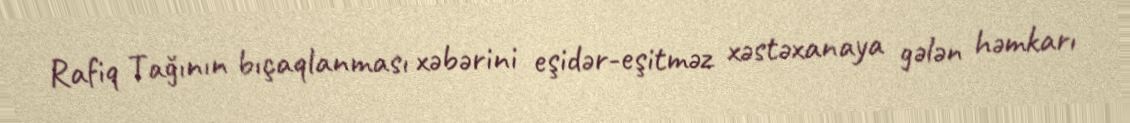
Rafiq Tağının bıçaqlanması xəbərini eşidər-eşitməz xəstəxanaya gələn həmkarı